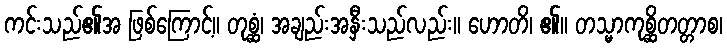
ကင်းသည်၏အ ဖြစ်ကြောင့်။ တုစ္ဆံ၊ အချည်းအနှီးသည်လည်း။ ဟောတိ၊ ၏။ တသ္မာကုစ္ဆိတတ္တာစ၊